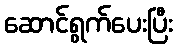
ဆောင်ရွက်ပေးပြီး